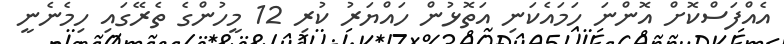
އެއްފަސްކޮށް އޮންނަ ހަމައެކަނި އަތޮޅުން ހައްޔަރު ކުރި 12 މީހުންގެ ތެރޭގައި ހިމެނެނީ